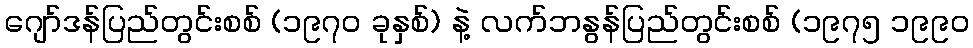
ဂျော်ဒန်ပြည်တွင်းစစ် (၁၉၇၀ ခုနှစ်) နဲ့ လက်ဘနွန်ပြည်တွင်းစစ် (၁၉၇၅ ၁၉၉၀